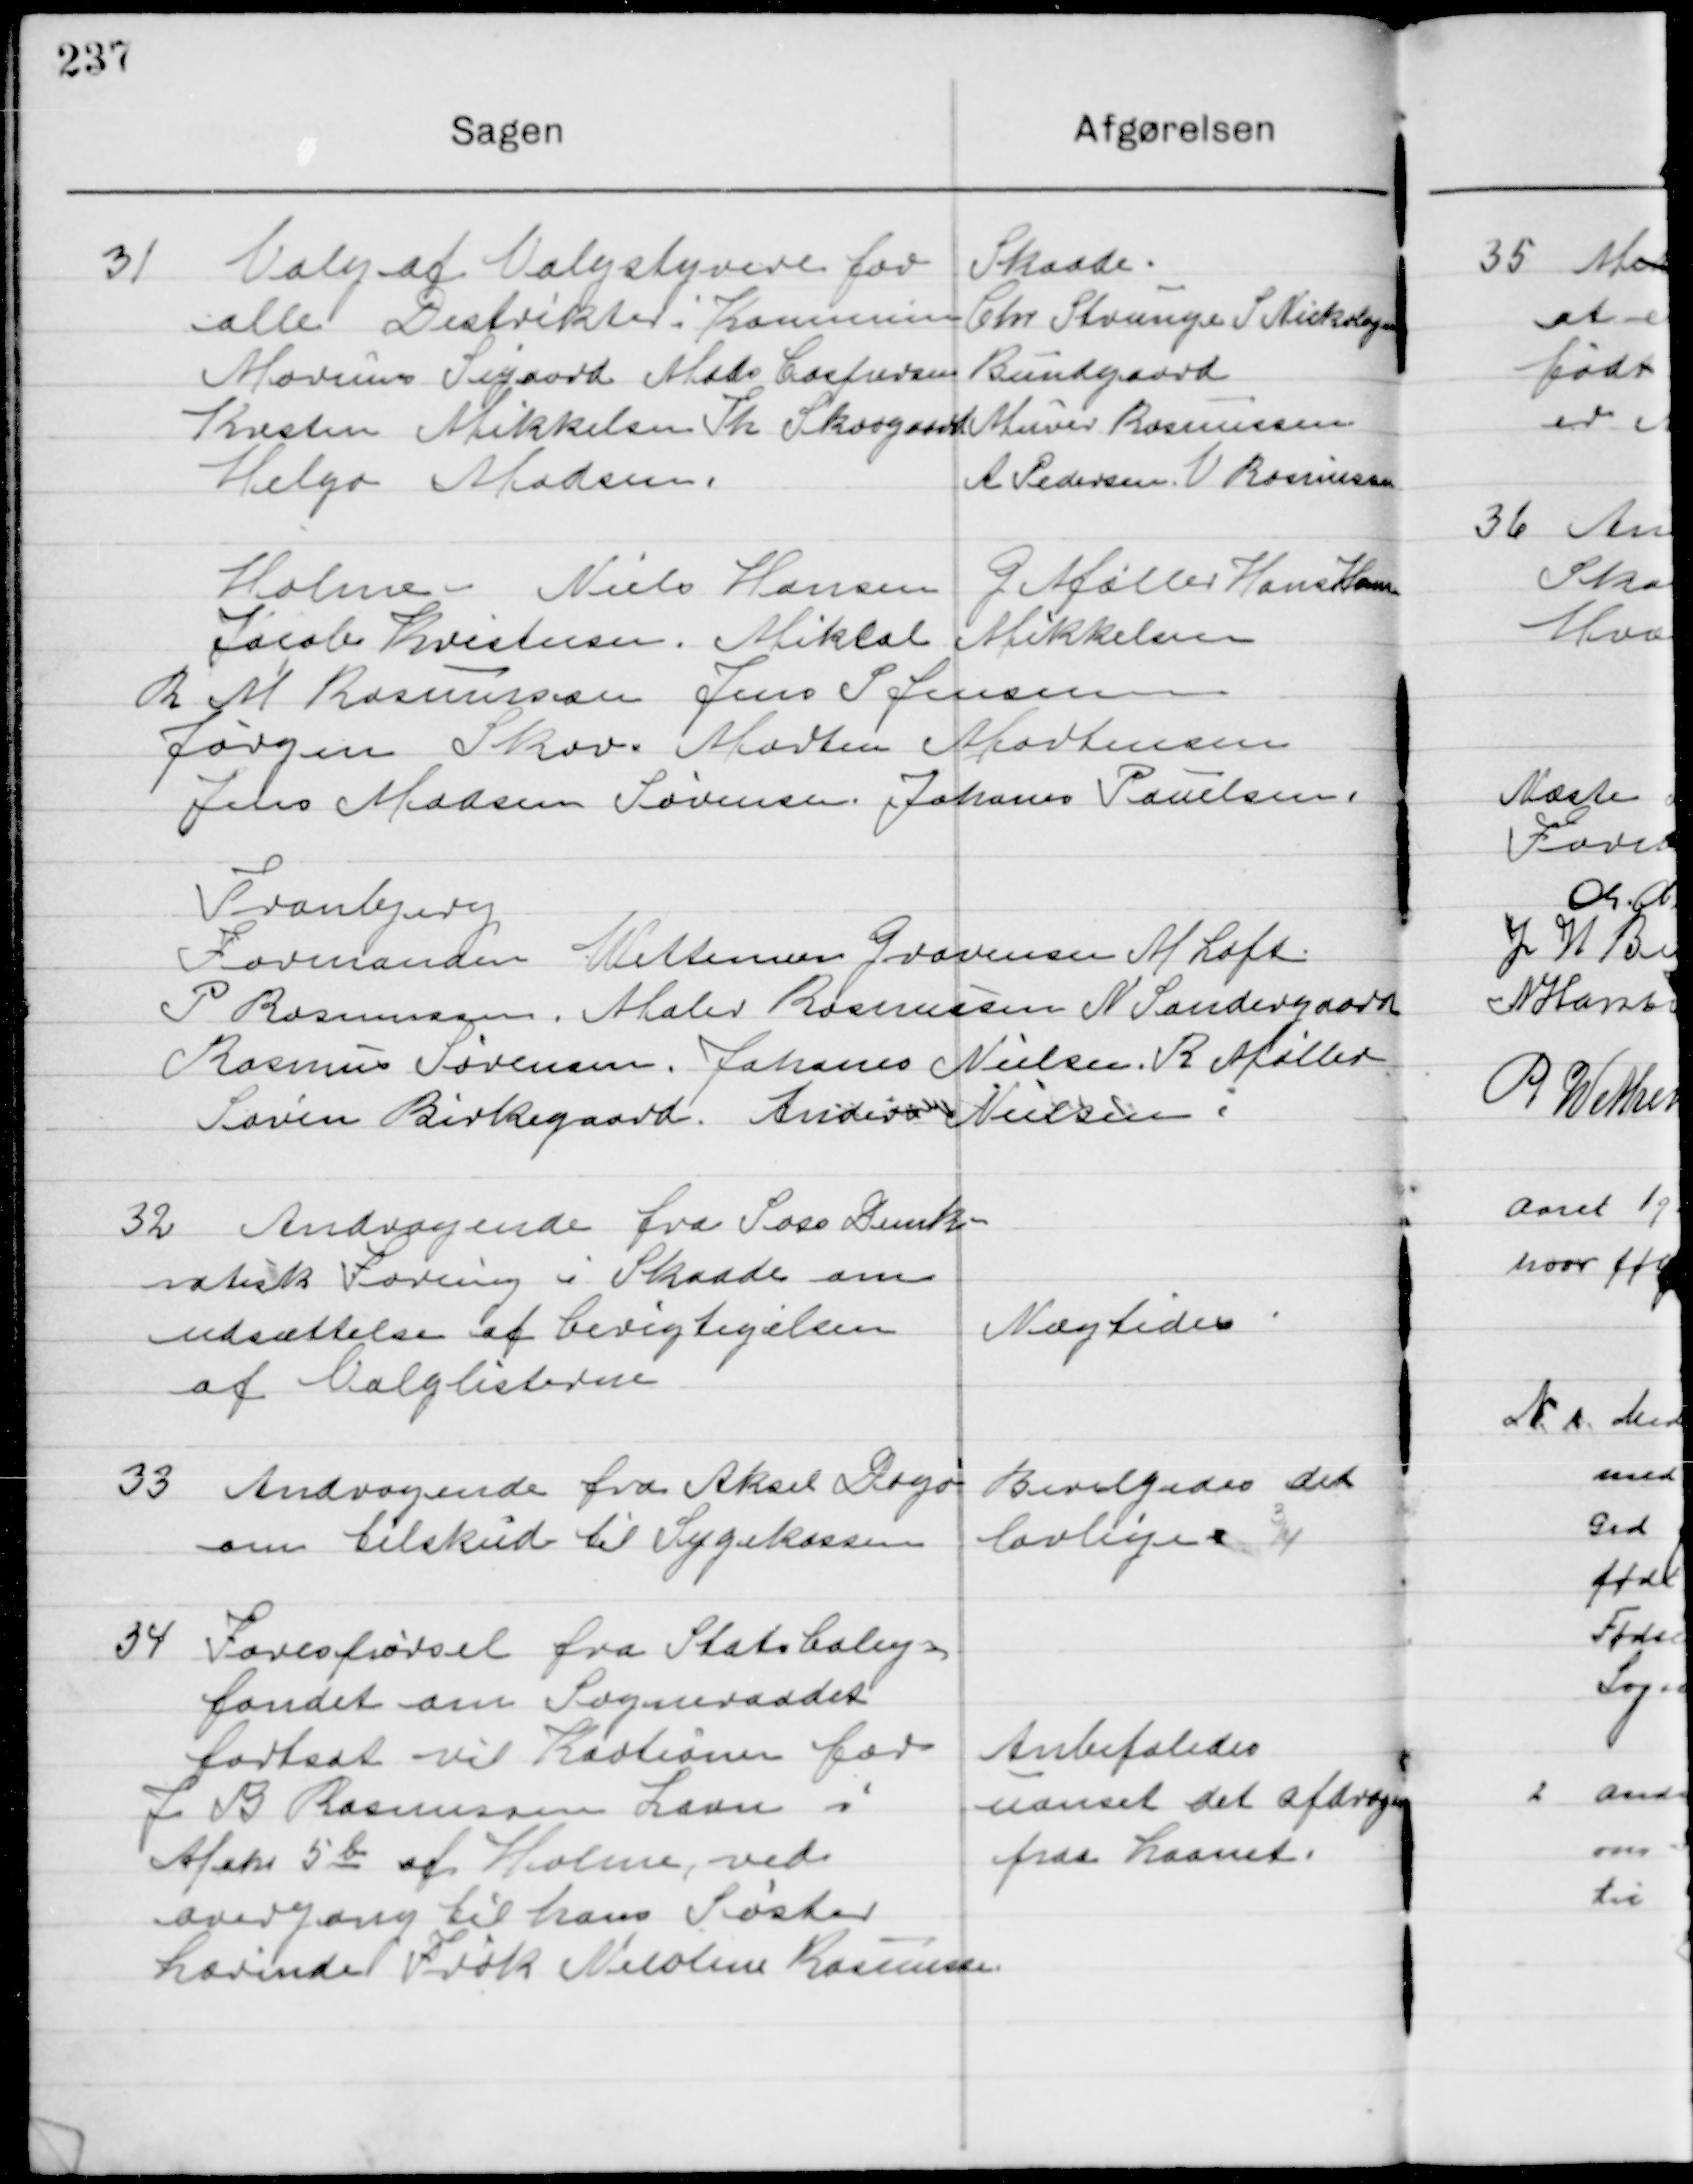
Transskription:
31

Valg af Valgstyrelse for
alle Distrikter i Kommunen
Marius Sigaard, Mads Coefodsen
Kresten Mikkelsen, Th. Skovgaard
Helga Madsen

Skaade
Chr. Strunge, S. N. Nikolajsen
Bundgaard,
Murer Rasmussen,
A. Pedersen, N. Rasmussen

Holme
Niels Hansen, G. Møller, Hans Hansen,
Jacob Thristensen, Mikkel Mikkelsen,
R. M. Rasmussen, Jens P Jensen,
Jørgen Skov, Morten Mortensen
Jens Madsen Sørensen, Johannes Paulsen.

Tranbjerg
Formanden, Wetterman Graversen, M. Loft
P. Rasmussen, Maler Rasmussen N Søndergaard
Rasmus Sørensen, Johannes Nielsen, R. Møller
Søren Birkegaard Anders Nielsen

32

Andragende fra Soci Demk-
ratisk Forening i Skaade om 
udsættelse af Besigtigelse  
af Valglisterne

Nægtes

33

Andragende fra Aksel Dagø
pm tilskud til Sygekassen

Bevilgedes det
lovlige

34

Forespørgsel Statsbolig-
fonden om Sogneraadet 
fortsat vil Kautionere for 
J. B. Rasmussens Laan i 
Matr. 5 b af Holme ved 
overgangen til hans Søster 
Læreinde Frøk. Nicoline Rasmussen

Anbefales 
uanset det afdrag 
paa Laanet.